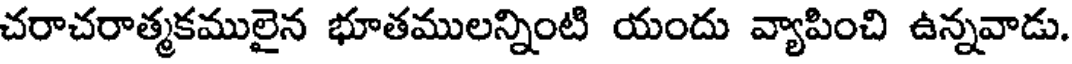
చరాచరాత్మకములైన భూతములన్నింటి యందు వ్యాపించి ఉన్నవాడు.